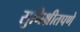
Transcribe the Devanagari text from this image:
सुनिश्चीतपणे